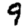
Digit: 9